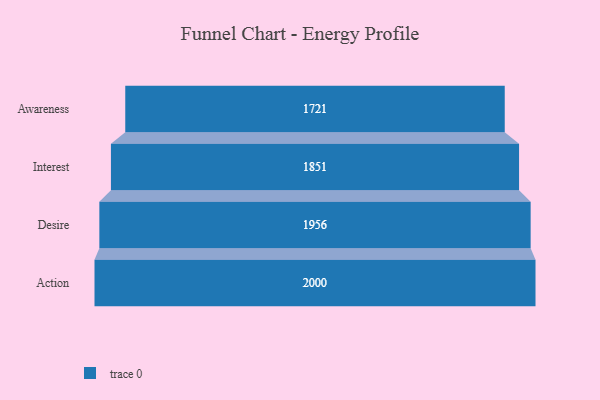
{"axis": {"x": "Stage", "y": "Value"}, "legend": [""], "data": [{"x": "Awareness", "y": 1721.0, "type": ""}, {"x": "Interest", "y": 1851.0, "type": ""}, {"x": "Desire", "y": 1956.0, "type": ""}, {"x": "Action", "y": 2000, "type": ""}]}